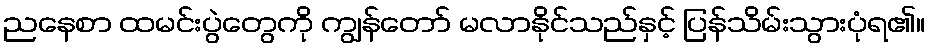
ညနေစာ ထမင်းပွဲတွေကို ကျွန်တော် မလာနိုင်သည်နှင့် ပြန်သိမ်းသွားပုံရ၏။